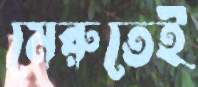
মেরুতেই